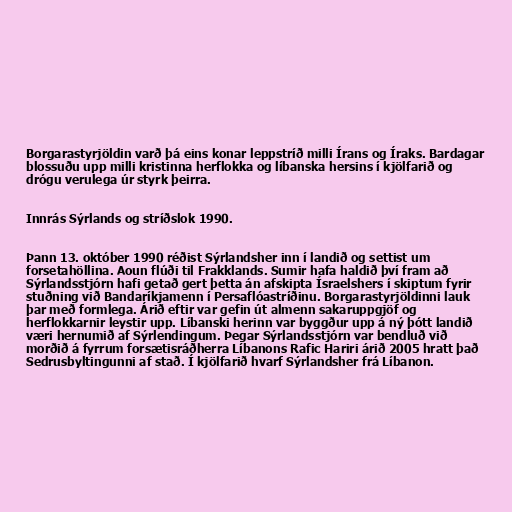
Borgarastyrjöldin varð þá eins konar leppstríð milli Írans og Íraks. Bardagar
blossuðu upp milli kristinna herflokka og líbanska hersins í kjölfarið og
drógu verulega úr styrk þeirra.

Innrás Sýrlands og stríðslok 1990.

Þann 13. október 1990 réðist Sýrlandsher inn í landið og settist um
forsetahöllina. Aoun flúði til Frakklands. Sumir hafa haldið því fram að
Sýrlandsstjórn hafi getað gert þetta án afskipta Ísraelshers í skiptum fyrir
stuðning við Bandaríkjamenn í Persaflóastríðinu. Borgarastyrjöldinni lauk
þar með formlega. Árið eftir var gefin út almenn sakaruppgjöf og
herflokkarnir leystir upp. Líbanski herinn var byggður upp á ný þótt landið
væri hernumið af Sýrlendingum. Þegar Sýrlandsstjórn var bendluð við
morðið á fyrrum forsætisráðherra Líbanons Rafic Hariri árið 2005 hratt það
Sedrusbyltingunni af stað. Í kjölfarið hvarf Sýrlandsher frá Líbanon.